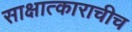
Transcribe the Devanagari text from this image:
साक्षात्काराचीच